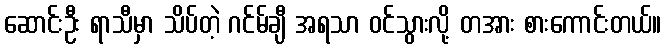
ဆောင်းဦး ရာသီမှာ သိပ်တဲ့ ဂင်မ်ချီ အရသာ ဝင်သွားလို့ တအား စားကောင်းတယ်။